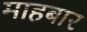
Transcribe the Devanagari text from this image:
माहबार